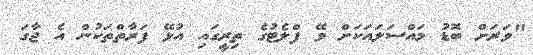
"ވަރަށް ބޮޑު މައްސަލައަކަށް ވޭ ފްލެޓުގެ ތިރީގައި އުޅޭ ފަރާތްތަކުން އެ ޖާގަ